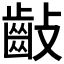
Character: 𪗡